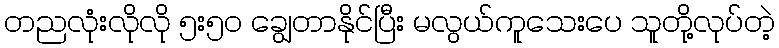
တညလုံးလိုလို ၅း၅၀ ချွေတာနိုင်ပြီး မလွယ်ကူသေးပေ သူတို့လုပ်တဲ့